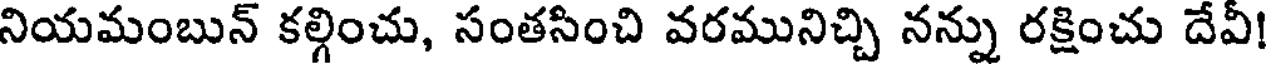
నియమంబున్ కల్గించు, సంతసించి వరమునిచ్చి నన్ను రక్షించు దేవీ!